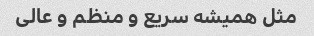
مثل همیشه سریع و منظم و عالی